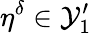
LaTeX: \eta^{\delta}\in\mathcal{Y}_{1}^{\prime}